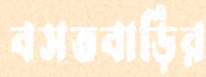
বসতবাড়ির